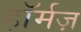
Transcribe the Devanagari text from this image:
हॉर्मज़